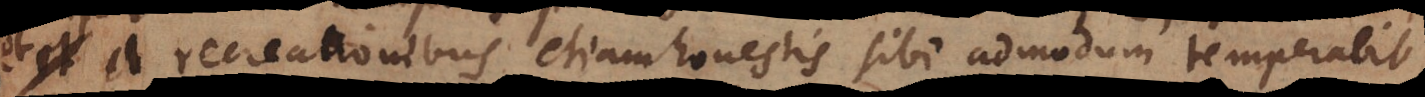
a recreationibus etiam honestis sibi admodum temperabit